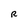
Character: R